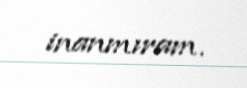
inanmıram.